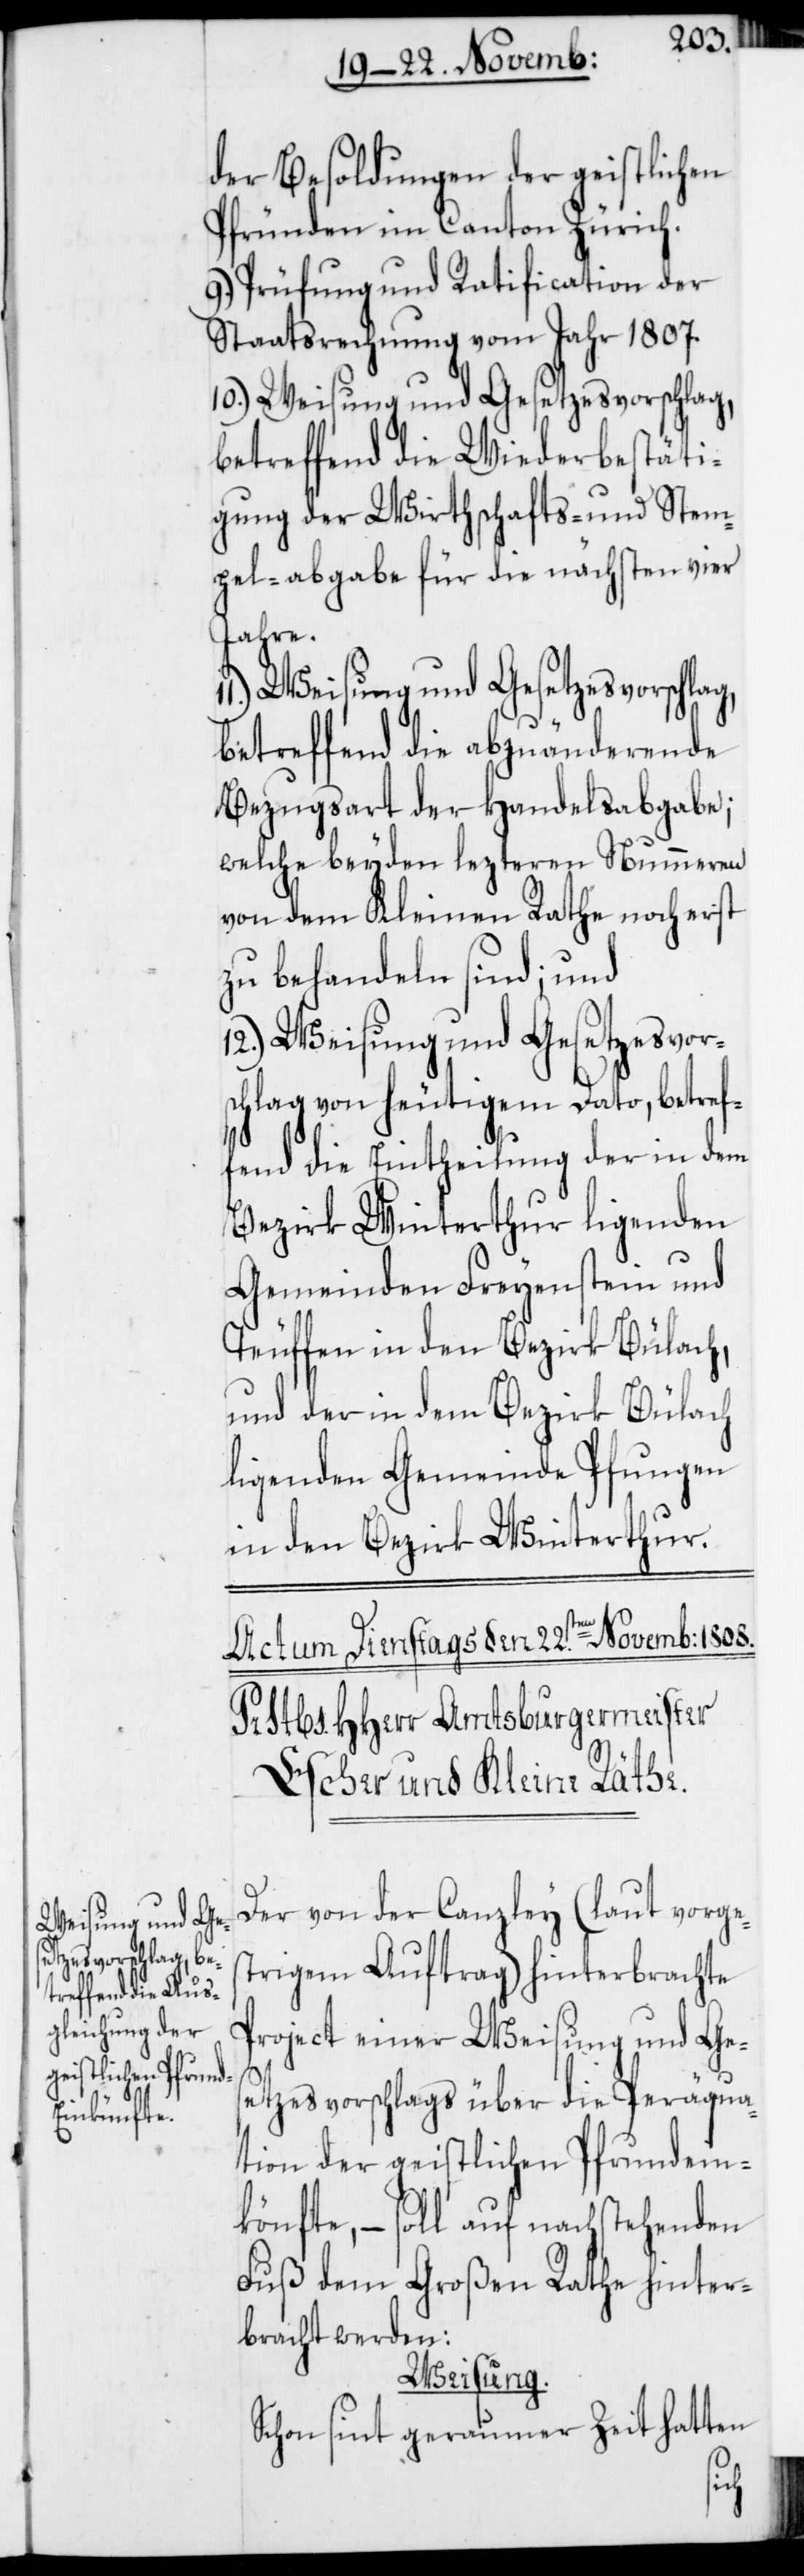
der Besoldungen der geistlichen
Pfründen im Canton Zürich.
9.) Prüfung und Ratification der
Staatsrechnung vom Jahr 1807.
11.) Weisung und Gesetzesvorschlag,
betreffend die Wiederbestäti¬
gung der Wirthschafts- und Stem¬
pel-abgabe für die nächsten vier
Jahre.
betreffend die abzuändernde
Bezugsart der Handelsabgabe;
welche beyden lezteren Nummeren
von dem Kleinen Rathe noch erst
zu behandeln sind; und
12.) Weisung und Gesetzesvors¬
chlag von heutigem Dato, betref¬
fend die Eintheilung der in dem
Bezirk Winterthur ligenden
Gemeinden Freyenstein und
Teuffen in den Bezirk Bülach,
und der in dem Bezirk Bülach
ligenden Gemeinde Pfungen
in den Bezirk Winterthur.
Der von der Canzley (laut vorges¬
trigem Auftrag) hinterbrachte
Project einer Weisung und Ges¬
etzesvorschlags über die Peräqua¬
tion der geistlichen Pfrundein¬
könfte, – soll auf nachstehenden
Fuß dem großen Rathe hinter¬
bracht werden:
Weisung.
Schon sint geraumer Zeit hatten